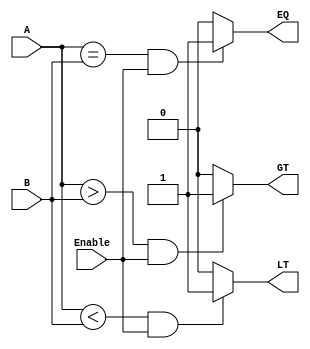

module comparator4 (
 output wire GT,
 output wire EQ,
 output wire LT,
 input  wire [3:0] A,
 input  wire [3:0] B,
 input  Enable
 );

 assign GT = ((A>B)  & Enable)  ? 1 : 0;
 assign EQ = ((A==B) & Enable)  ? 1 : 0;
 assign LT = ((A<B)  & Enable)  ? 1 : 0;
  
endmodule